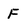
Character: F